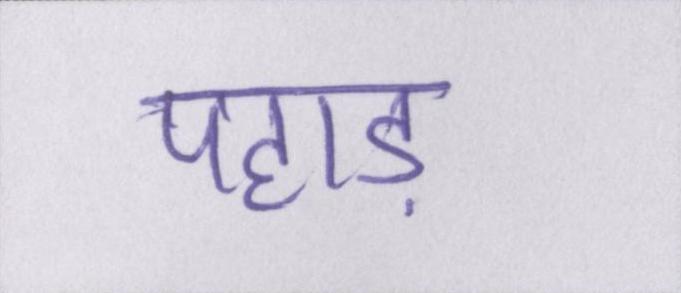
पहाड़